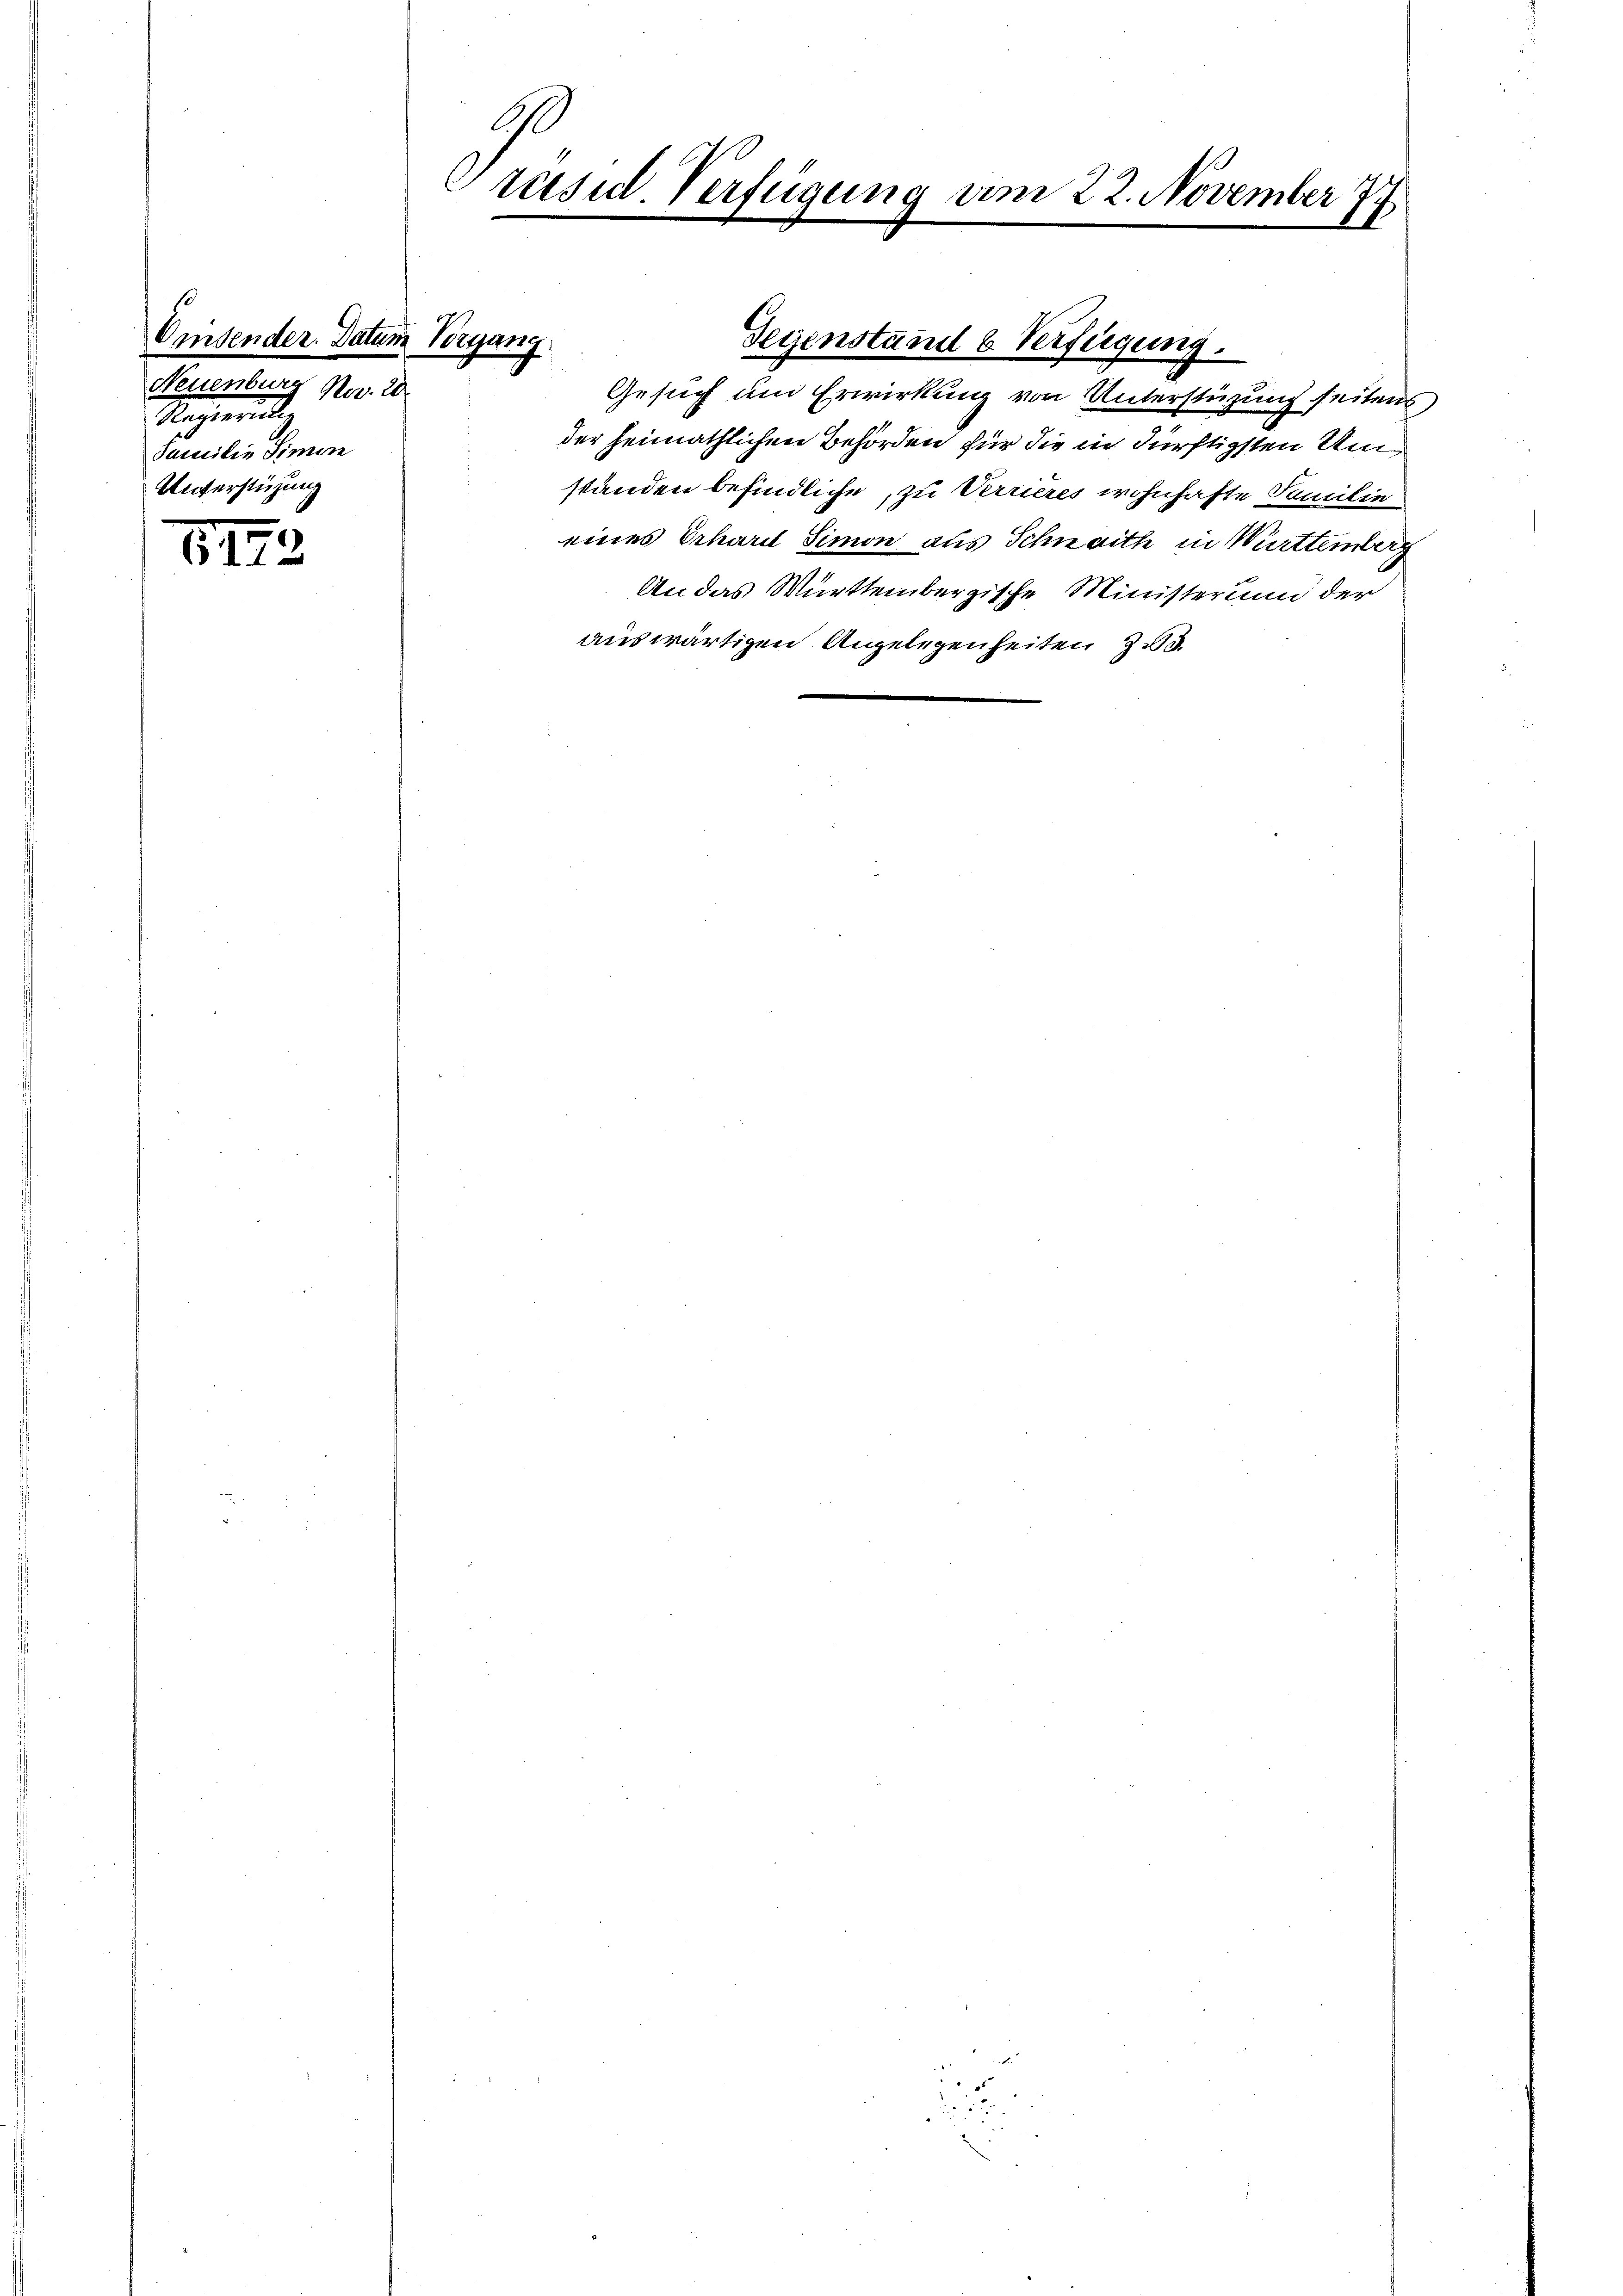
Orsender. Datum Vergang
Neuenburg No. 20.
Ragierun
Familie Simon
Unterstüzung

57.

10

Präsid. Verfügung am 22. November 177
1

Gesuch um Erwirkung von Unterstüzung seitens
der heimathlichen Behörden für die in dürftigsten Umständen befindliche, zu Verrieres wohnhafte Familie
eines Erhard Simon aus Schnaith in Württemberg
An das Württembergische Ministerum der
auswärtigen Angelegenheiten zu d

Gegenstand b. Verfügung.

u